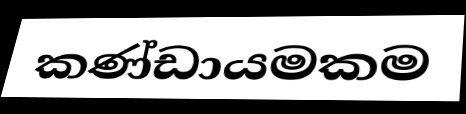
කණ්ඩායමකම